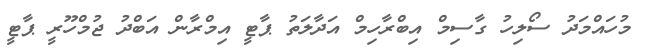
މުހައްމަދު ސޯލިހު ގާސިމް އިބްރާހިމް އަދާލަތު ޕާޓީ އިމްރާން އަބްދު ޖުމްހޫރީ ޕާޓީ